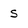
Character: s